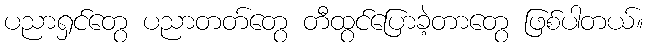
ပညာရှင်တွေ ပညာတတ်တွေ တီထွင်ပြောခဲ့တာတွေ ဖြစ်ပါတယ်။